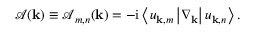
\begin{array} { r } { \boldsymbol { \mathcal { A } } ( \mathbf { k } ) \equiv \boldsymbol { \mathcal { A } } _ { m , n } ( \mathbf { k } ) = - \mathrm { i } \left< u _ { \mathbf { k } , m } \vphantom { \nabla _ { \mathbf { k } } } \vphantom { u _ { \mathbf { k } , n } } \left| \nabla _ { \mathbf { k } } \vphantom { u _ { \mathbf { k } , m } } \vphantom { u _ { \mathbf { k } , n } } \right| u _ { \mathbf { k } , n } \vphantom { u _ { \mathbf { k } , m } } \vphantom { \nabla _ { \mathbf { k } } } \right> . } \end{array}